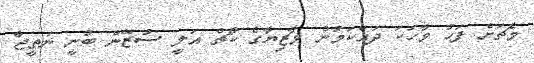
މެޗަށް ފަހު ވާހަކަ ދައްކަމުން މާޒިޔާގެ ކޯޗް އަލީ ސުޒޭން ބުނީ ނަތީޖާ